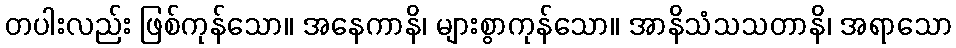
တပါးလည်း ဖြစ်ကုန်သော။ အနေကာနိ၊ များစွာကုန်သော။ အာနိသံသသတာနိ၊ အရာသော